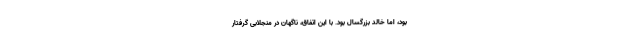
بود، اما خالد بزرگسال بود. با این اتفاق، ناگهان در منجلابی‌ گرفتار